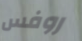
روفس